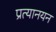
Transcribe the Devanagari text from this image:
प्रत्यानयन